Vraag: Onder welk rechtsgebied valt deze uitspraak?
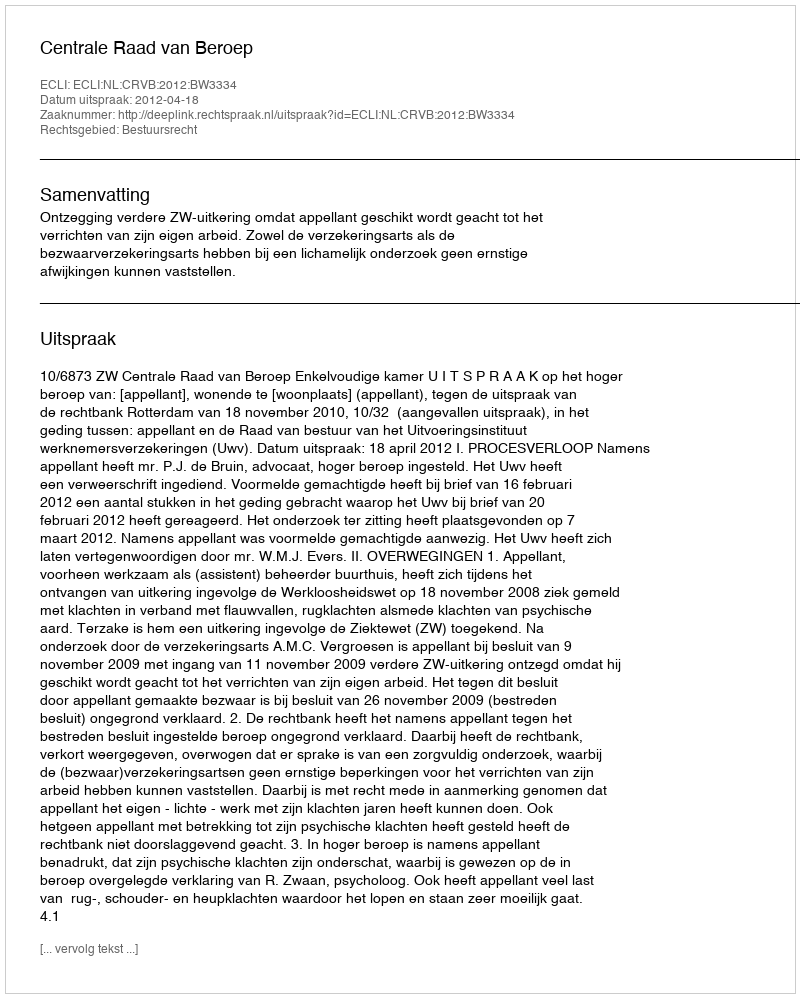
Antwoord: Bestuursrecht